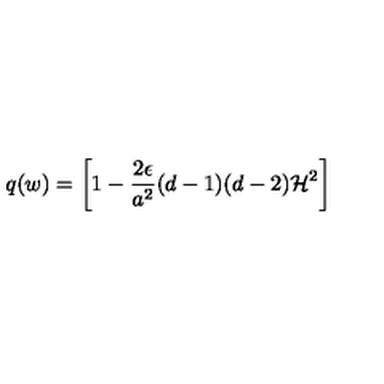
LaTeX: q ( w ) = \biggl [ 1 - \frac { 2 \epsilon } { a ^ { 2 } } ( d - 1 ) ( d - 2 ) { \cal H } ^ { 2 } \biggr ]